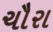
ચૌરા